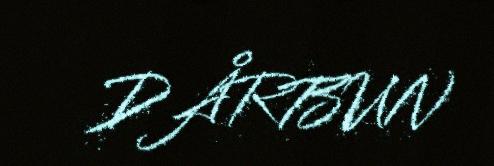
DÅRBUN